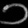
Digit: ၁